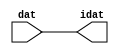

//------> /package/eda/mg/Catapult_10.3d/Mgc_home/pkgs/siflibs/ccs_in_v1.v 
//------------------------------------------------------------------------------
// Catapult Synthesis - Sample I/O Port Library
//
// Copyright (c) 2003-2017 Mentor Graphics Corp.
//       All Rights Reserved
//
// This document may be used and distributed without restriction provided that
// this copyright statement is not removed from the file and that any derivative
// work contains this copyright notice.
//
// The design information contained in this file is intended to be an example
// of the functionality which the end user may study in preparation for creating
// their own custom interfaces. This design does not necessarily present a 
// complete implementation of the named protocol or standard.
//
//------------------------------------------------------------------------------


module ccs_in_v1 (idat, dat);

  parameter integer rscid = 1;
  parameter integer width = 8;

  output [width-1:0] idat;
  input  [width-1:0] dat;

  wire   [width-1:0] idat;

  assign idat = dat;

endmodule


//------> /package/eda/mg/Catapult_10.3d/Mgc_home/pkgs/siflibs/ccs_out_v1.v 
//------------------------------------------------------------------------------
// Catapult Synthesis - Sample I/O Port Library
//
// Copyright (c) 2003-2015 Mentor Graphics Corp.
//       All Rights Reserved
//
// This document may be used and distributed without restriction provided that
// this copyright statement is not removed from the file and that any derivative
// work contains this copyright notice.
//
// The design information contained in this file is intended to be an example
// of the functionality which the end user may study in preparation for creating
// their own custom interfaces. This design does not necessarily present a 
// complete implementation of the named protocol or standard.
//
//------------------------------------------------------------------------------

module ccs_out_v1 (dat, idat);

  parameter integer rscid = 1;
  parameter integer width = 8;

  output   [width-1:0] dat;
  input    [width-1:0] idat;

  wire     [width-1:0] dat;

  assign dat = idat;

endmodule




//------> /package/eda/mg/Catapult_10.3d/Mgc_home/pkgs/siflibs/mgc_io_sync_v2.v 
//------------------------------------------------------------------------------
// Catapult Synthesis - Sample I/O Port Library
//
// Copyright (c) 2003-2017 Mentor Graphics Corp.
//       All Rights Reserved
//
// This document may be used and distributed without restriction provided that
// this copyright statement is not removed from the file and that any derivative
// work contains this copyright notice.
//
// The design information contained in this file is intended to be an example
// of the functionality which the end user may study in preparation for creating
// their own custom interfaces. This design does not necessarily present a 
// complete implementation of the named protocol or standard.
//
//------------------------------------------------------------------------------


module mgc_io_sync_v2 (ld, lz);
    parameter valid = 0;

    input  ld;
    output lz;

    wire   lz;

    assign lz = ld;

endmodule


//------> ./rtl.v 
// ----------------------------------------------------------------------
//  HLS HDL:        Verilog Netlister
//  HLS Version:    10.3d/815731 Production Release
//  HLS Date:       Wed Apr 24 14:54:19 PDT 2019
// 
//  Generated by:   695r48@cparch23.ecn.purdue.edu
//  Generated date: Tue Nov  9 14:58:04 2021
// ----------------------------------------------------------------------

// 
// ------------------------------------------------------------------
//  Design Unit:    fir_Altera_DIST_DIST_1R1W_RBW_rport_1_16_5_32_32_16_gen
// ------------------------------------------------------------------


module fir_Altera_DIST_DIST_1R1W_RBW_rport_1_16_5_32_32_16_gen (
  q, radr, radr_d, q_d, rport_r_ram_ir_internal_RMASK_B_d
);
  input [15:0] q;
  output [4:0] radr;
  input [4:0] radr_d;
  output [15:0] q_d;
  input rport_r_ram_ir_internal_RMASK_B_d;



  // Interconnect Declarations for Component Instantiations 
  assign q_d = q;
  assign radr = (radr_d);
endmodule

// ------------------------------------------------------------------
//  Design Unit:    fir_core_core_fsm
//  FSM Module
// ------------------------------------------------------------------


module fir_core_core_fsm (
  clk, rst, fsm_output, MAC_C_3_tr0
);
  input clk;
  input rst;
  output [9:0] fsm_output;
  reg [9:0] fsm_output;
  input MAC_C_3_tr0;


  // FSM State Type Declaration for fir_core_core_fsm_1
  parameter
    main_C_0 = 4'd0,
    MAC_C_0 = 4'd1,
    MAC_C_1 = 4'd2,
    MAC_C_2 = 4'd3,
    MAC_C_3 = 4'd4,
    MAC_C_4 = 4'd5,
    MAC_C_5 = 4'd6,
    MAC_C_6 = 4'd7,
    MAC_C_7 = 4'd8,
    main_C_1 = 4'd9;

  reg [3:0] state_var;
  reg [3:0] state_var_NS;


  // Interconnect Declarations for Component Instantiations 
  always @(*)
  begin : fir_core_core_fsm_1
    case (state_var)
      MAC_C_0 : begin
        fsm_output = 10'b0000000010;
        state_var_NS = MAC_C_1;
      end
      MAC_C_1 : begin
        fsm_output = 10'b0000000100;
        state_var_NS = MAC_C_2;
      end
      MAC_C_2 : begin
        fsm_output = 10'b0000001000;
        state_var_NS = MAC_C_3;
      end
      MAC_C_3 : begin
        fsm_output = 10'b0000010000;
        if ( MAC_C_3_tr0 ) begin
          state_var_NS = main_C_1;
        end
        else begin
          state_var_NS = MAC_C_4;
        end
      end
      MAC_C_4 : begin
        fsm_output = 10'b0000100000;
        state_var_NS = MAC_C_5;
      end
      MAC_C_5 : begin
        fsm_output = 10'b0001000000;
        state_var_NS = MAC_C_6;
      end
      MAC_C_6 : begin
        fsm_output = 10'b0010000000;
        state_var_NS = MAC_C_7;
      end
      MAC_C_7 : begin
        fsm_output = 10'b0100000000;
        state_var_NS = MAC_C_0;
      end
      main_C_1 : begin
        fsm_output = 10'b1000000000;
        state_var_NS = main_C_0;
      end
      // main_C_0
      default : begin
        fsm_output = 10'b0000000001;
        state_var_NS = MAC_C_0;
      end
    endcase
  end

  always @(posedge clk) begin
    if ( rst ) begin
      state_var <= main_C_0;
    end
    else begin
      state_var <= state_var_NS;
    end
  end

endmodule

// ------------------------------------------------------------------
//  Design Unit:    fir_core
// ------------------------------------------------------------------


module fir_core (
  clk, rst, coeffs_rsc_triosy_lz, in1_rsc_dat, in1_rsc_triosy_lz, out1_rsc_dat, out1_rsc_triosy_lz,
      coeffs_rsci_radr_d, coeffs_rsci_q_d, coeffs_rsci_rport_r_ram_ir_internal_RMASK_B_d
);
  input clk;
  input rst;
  output coeffs_rsc_triosy_lz;
  input [15:0] in1_rsc_dat;
  output in1_rsc_triosy_lz;
  output [15:0] out1_rsc_dat;
  output out1_rsc_triosy_lz;
  output [4:0] coeffs_rsci_radr_d;
  input [15:0] coeffs_rsci_q_d;
  output coeffs_rsci_rport_r_ram_ir_internal_RMASK_B_d;


  // Interconnect Declarations
  wire [15:0] in1_rsci_idat;
  reg [15:0] out1_rsci_idat;
  wire [9:0] fsm_output;
  wire [4:0] MAC_slc_MAC_2_MAC_acc_tmp;
  wire [5:0] nl_MAC_slc_MAC_2_MAC_acc_tmp;
  wire or_dcpl_7;
  wire or_dcpl_12;
  wire or_tmp_79;
  wire or_tmp_146;
  reg [4:0] MAC_slc_MAC_2_MAC_acc_psp_sva;
  reg reg_out1_rsc_triosy_obj_ld_cse;
  wire reg_out1_out1_and_cse;
  reg [3:0] MAC_i_4_1_sva;
  reg [3:0] MAC_slc_MAC_4_MAC_acc_psp_sva;
  wire [29:0] z_out;
  wire signed [31:0] nl_z_out;
  reg [15:0] regs_15_sva;
  reg [15:0] regs_16_sva;
  reg [15:0] regs_14_sva;
  reg [15:0] regs_17_sva;
  reg [15:0] regs_13_sva;
  reg [15:0] regs_18_sva;
  reg [15:0] regs_12_sva;
  reg [15:0] regs_19_sva;
  reg [15:0] regs_11_sva;
  reg [15:0] regs_20_sva;
  reg [15:0] regs_10_sva;
  reg [15:0] regs_21_sva;
  reg [15:0] regs_9_sva;
  reg [15:0] regs_22_sva;
  reg [15:0] regs_8_sva;
  reg [15:0] regs_23_sva;
  reg [15:0] regs_7_sva;
  reg [15:0] regs_24_sva;
  reg [15:0] regs_6_sva;
  reg [15:0] regs_25_sva;
  reg [15:0] regs_5_sva;
  reg [15:0] regs_26_sva;
  reg [15:0] regs_4_sva;
  reg [15:0] regs_27_sva;
  reg [15:0] regs_3_sva;
  reg [15:0] regs_28_sva;
  reg [15:0] regs_2_sva;
  reg [15:0] regs_29_sva;
  reg [15:0] regs_1_sva;
  reg [15:0] regs_30_sva;
  reg [15:0] regs_0_sva;
  reg [29:0] acc_32_3_1_sva;
  reg [15:0] regs_30_sva_1;
  reg [15:0] regs_29_sva_1;
  reg [15:0] regs_28_sva_1;
  reg [15:0] regs_27_sva_1;
  reg [15:0] regs_26_sva_1;
  reg [15:0] regs_25_sva_1;
  reg [15:0] regs_24_sva_1;
  reg [15:0] regs_23_sva_1;
  reg [15:0] regs_22_sva_1;
  reg [15:0] regs_21_sva_1;
  reg [15:0] regs_20_sva_1;
  reg [15:0] regs_19_sva_1;
  reg [15:0] regs_18_sva_1;
  reg [15:0] regs_17_sva_1;
  reg [15:0] regs_16_sva_1;
  reg [15:0] regs_15_sva_1;
  reg [15:0] regs_14_sva_1;
  reg [15:0] regs_13_sva_1;
  reg [15:0] regs_12_sva_1;
  reg [15:0] regs_11_sva_1;
  reg [15:0] regs_10_sva_1;
  reg [15:0] regs_9_sva_1;
  reg [15:0] regs_8_sva_1;
  reg [15:0] regs_7_sva_1;
  reg [15:0] regs_6_sva_1;
  reg [15:0] regs_5_sva_1;
  reg [15:0] regs_4_sva_1;
  reg [15:0] regs_3_sva_1;
  reg [15:0] regs_2_sva_1;
  reg [15:0] regs_1_sva_1;
  reg [15:0] regs_0_sva_1;
  reg [15:0] MAC_1_MAC_mux_itm;
  reg [29:0] MAC_1_mul_itm;
  reg [15:0] MAC_2_MAC_mux_itm;
  reg [29:0] MAC_2_mul_itm;
  reg [15:0] MAC_5_MAC_mux_itm;
  reg [15:0] MAC_6_MAC_mux_itm;
  reg [15:0] MAC_3_MAC_mux_itm;
  reg [15:0] MAC_4_MAC_mux_itm;
  reg [29:0] MAC_acc_4_itm;
  reg [3:0] MAC_slc_MAC_6_MAC_acc_itm;
  wire [4:0] nl_MAC_slc_MAC_6_MAC_acc_itm;
  wire [29:0] acc_32_3_3_sva_1;
  wire [30:0] nl_acc_32_3_3_sva_1;
  wire [3:0] MAC_slc_MAC_4_MAC_acc_psp_sva_1;
  wire [4:0] nl_MAC_slc_MAC_4_MAC_acc_psp_sva_1;
  wire [29:0] MAC_acc_mx0w0;
  wire [30:0] nl_MAC_acc_mx0w0;
  wire or_162_tmp;
  wire or_159_tmp;
  wire MAC_nor_2_cse;
  wire MAC_nor_cse;
  wire MAC_nor_1_cse;
  wire MAC_nor_6_cse;
  wire MAC_nor_7_cse;
  wire MAC_nor_8_cse;
  wire or_tmp;
  wire coeffs_or_1_tmp;

  wire[29:0] acc_mux_nl;
  wire[29:0] MAC_6_acc_1_nl;
  wire[30:0] nl_MAC_6_acc_1_nl;
  wire[29:0] MAC_acc_5_nl;
  wire[30:0] nl_MAC_acc_5_nl;
  wire[0:0] acc_not_nl;
  wire[0:0] MAC_and_15_nl;
  wire[0:0] MAC_and_16_nl;
  wire[0:0] MAC_and_17_nl;
  wire[0:0] MAC_and_18_nl;
  wire[0:0] MAC_and_19_nl;
  wire[0:0] MAC_and_10_nl;
  wire[0:0] MAC_and_11_nl;
  wire[0:0] MAC_and_12_nl;
  wire[0:0] MAC_and_13_nl;
  wire[0:0] MAC_and_14_nl;
  wire[0:0] MAC_and_5_nl;
  wire[0:0] MAC_and_6_nl;
  wire[0:0] MAC_and_7_nl;
  wire[0:0] MAC_and_8_nl;
  wire[0:0] MAC_and_9_nl;
  wire[0:0] MAC_and_nl;
  wire[0:0] MAC_and_1_nl;
  wire[0:0] MAC_and_2_nl;
  wire[0:0] MAC_and_3_nl;
  wire[0:0] MAC_and_4_nl;
  wire[29:0] mul_1_nl;
  wire signed [31:0] nl_mul_1_nl;
  wire[15:0] MAC_mux_10_nl;
  wire[3:0] mux1h_nl;
  wire[0:0] nor_nl;
  wire[0:0] coeffs_coeffs_or_nl;
  wire[15:0] MAC_mux1h_27_nl;

  // Interconnect Declarations for Component Instantiations 
  wire [0:0] nl_fir_core_core_fsm_inst_MAC_C_3_tr0;
  assign nl_fir_core_core_fsm_inst_MAC_C_3_tr0 = MAC_slc_MAC_2_MAC_acc_psp_sva[4];
  ccs_in_v1 #(.rscid(32'sd2),
  .width(32'sd16)) in1_rsci (
      .dat(in1_rsc_dat),
      .idat(in1_rsci_idat)
    );
  ccs_out_v1 #(.rscid(32'sd3),
  .width(32'sd16)) out1_rsci (
      .idat(out1_rsci_idat),
      .dat(out1_rsc_dat)
    );
  mgc_io_sync_v2 #(.valid(32'sd0)) coeffs_rsc_triosy_obj (
      .ld(reg_out1_rsc_triosy_obj_ld_cse),
      .lz(coeffs_rsc_triosy_lz)
    );
  mgc_io_sync_v2 #(.valid(32'sd0)) in1_rsc_triosy_obj (
      .ld(reg_out1_rsc_triosy_obj_ld_cse),
      .lz(in1_rsc_triosy_lz)
    );
  mgc_io_sync_v2 #(.valid(32'sd0)) out1_rsc_triosy_obj (
      .ld(reg_out1_rsc_triosy_obj_ld_cse),
      .lz(out1_rsc_triosy_lz)
    );
  fir_core_core_fsm fir_core_core_fsm_inst (
      .clk(clk),
      .rst(rst),
      .fsm_output(fsm_output),
      .MAC_C_3_tr0(nl_fir_core_core_fsm_inst_MAC_C_3_tr0[0:0])
    );
  assign reg_out1_out1_and_cse = (fsm_output[4]) & (MAC_slc_MAC_2_MAC_acc_psp_sva[4]);
  assign or_159_tmp = or_dcpl_7 | (fsm_output[3]) | (fsm_output[6]) | (fsm_output[4]);
  assign MAC_nor_cse = ~((MAC_slc_MAC_4_MAC_acc_psp_sva_1[3]) | (MAC_slc_MAC_4_MAC_acc_psp_sva_1[2])
      | (MAC_slc_MAC_4_MAC_acc_psp_sva_1[0]));
  assign MAC_nor_1_cse = ~((MAC_slc_MAC_4_MAC_acc_psp_sva_1[3]) | (MAC_slc_MAC_4_MAC_acc_psp_sva_1[1]));
  assign MAC_nor_2_cse = ~((MAC_slc_MAC_4_MAC_acc_psp_sva_1[2:0]!=3'b000));
  assign or_162_tmp = or_dcpl_12 | (fsm_output[4]);
  assign MAC_nor_6_cse = ~((MAC_slc_MAC_2_MAC_acc_tmp[3:1]!=3'b000));
  assign MAC_nor_7_cse = ~((MAC_slc_MAC_2_MAC_acc_tmp[3]) | (MAC_slc_MAC_2_MAC_acc_tmp[1])
      | (MAC_slc_MAC_2_MAC_acc_tmp[0]));
  assign MAC_nor_8_cse = ~((MAC_slc_MAC_2_MAC_acc_tmp[2]) | (MAC_slc_MAC_2_MAC_acc_tmp[0]));
  assign nl_acc_32_3_3_sva_1 = MAC_acc_mx0w0 + acc_32_3_1_sva;
  assign acc_32_3_3_sva_1 = nl_acc_32_3_3_sva_1[29:0];
  assign nl_MAC_slc_MAC_2_MAC_acc_tmp = conv_u2s_4_5(MAC_i_4_1_sva) + 5'b00001;
  assign MAC_slc_MAC_2_MAC_acc_tmp = nl_MAC_slc_MAC_2_MAC_acc_tmp[4:0];
  assign nl_MAC_slc_MAC_4_MAC_acc_psp_sva_1 = (MAC_slc_MAC_2_MAC_acc_tmp[3:0]) +
      4'b0001;
  assign MAC_slc_MAC_4_MAC_acc_psp_sva_1 = nl_MAC_slc_MAC_4_MAC_acc_psp_sva_1[3:0];
  assign nl_MAC_acc_mx0w0 = MAC_1_mul_itm + MAC_2_mul_itm;
  assign MAC_acc_mx0w0 = nl_MAC_acc_mx0w0[29:0];
  assign or_dcpl_7 = (fsm_output[5]) | (fsm_output[2]);
  assign or_dcpl_12 = (fsm_output[3:2]!=2'b00);
  assign or_tmp_79 = ~((fsm_output[9]) | (fsm_output[0]));
  assign or_tmp_146 = or_dcpl_7 | (fsm_output[4:3]!=2'b00);
  assign nor_nl = ~(coeffs_or_1_tmp | or_tmp);
  assign mux1h_nl = MUX1HOT_v_4_3_2(MAC_i_4_1_sva, MAC_slc_MAC_4_MAC_acc_psp_sva,
      (MAC_slc_MAC_2_MAC_acc_psp_sva[3:0]), {(nor_nl) , coeffs_or_1_tmp , or_tmp});
  assign coeffs_coeffs_or_nl = (fsm_output[1]) | (fsm_output[3]) | (fsm_output[5]);
  assign coeffs_rsci_radr_d = {(mux1h_nl) , (coeffs_coeffs_or_nl)};
  assign coeffs_rsci_rport_r_ram_ir_internal_RMASK_B_d = (fsm_output[5]) | (fsm_output[1])
      | (fsm_output[2]) | (fsm_output[3]) | (fsm_output[6]) | ((~ (MAC_slc_MAC_2_MAC_acc_psp_sva[4]))
      & (fsm_output[4]));
  assign or_tmp = (fsm_output[4:3]!=2'b00);
  assign coeffs_or_1_tmp = (fsm_output[6:5]!=2'b00);
  always @(posedge clk) begin
    if ( rst ) begin
      acc_32_3_1_sva <= 30'b000000000000000000000000000000;
    end
    else if ( (fsm_output[0]) | (fsm_output[8]) | (fsm_output[4]) ) begin
      acc_32_3_1_sva <= MUX_v_30_2_2(30'b000000000000000000000000000000, (acc_mux_nl),
          (acc_not_nl));
    end
  end
  always @(posedge clk) begin
    if ( rst ) begin
      out1_rsci_idat <= 16'b0000000000000000;
      regs_0_sva <= 16'b0000000000000000;
      regs_6_sva <= 16'b0000000000000000;
      regs_12_sva <= 16'b0000000000000000;
      regs_18_sva <= 16'b0000000000000000;
      regs_24_sva <= 16'b0000000000000000;
      regs_30_sva <= 16'b0000000000000000;
      regs_5_sva <= 16'b0000000000000000;
      regs_11_sva <= 16'b0000000000000000;
      regs_17_sva <= 16'b0000000000000000;
      regs_23_sva <= 16'b0000000000000000;
      regs_29_sva <= 16'b0000000000000000;
      regs_2_sva <= 16'b0000000000000000;
      regs_8_sva <= 16'b0000000000000000;
      regs_14_sva <= 16'b0000000000000000;
      regs_20_sva <= 16'b0000000000000000;
      regs_26_sva <= 16'b0000000000000000;
      regs_1_sva <= 16'b0000000000000000;
      regs_7_sva <= 16'b0000000000000000;
      regs_13_sva <= 16'b0000000000000000;
      regs_19_sva <= 16'b0000000000000000;
      regs_25_sva <= 16'b0000000000000000;
      regs_4_sva <= 16'b0000000000000000;
      regs_10_sva <= 16'b0000000000000000;
      regs_16_sva <= 16'b0000000000000000;
      regs_22_sva <= 16'b0000000000000000;
      regs_28_sva <= 16'b0000000000000000;
      regs_3_sva <= 16'b0000000000000000;
      regs_9_sva <= 16'b0000000000000000;
      regs_15_sva <= 16'b0000000000000000;
      regs_21_sva <= 16'b0000000000000000;
      regs_27_sva <= 16'b0000000000000000;
    end
    else if ( reg_out1_out1_and_cse ) begin
      out1_rsci_idat <= acc_32_3_3_sva_1[29:14];
      regs_0_sva <= regs_0_sva_1;
      regs_6_sva <= regs_6_sva_1;
      regs_12_sva <= regs_12_sva_1;
      regs_18_sva <= regs_18_sva_1;
      regs_24_sva <= regs_24_sva_1;
      regs_30_sva <= regs_30_sva_1;
      regs_5_sva <= regs_5_sva_1;
      regs_11_sva <= regs_11_sva_1;
      regs_17_sva <= regs_17_sva_1;
      regs_23_sva <= regs_23_sva_1;
      regs_29_sva <= regs_29_sva_1;
      regs_2_sva <= regs_2_sva_1;
      regs_8_sva <= regs_8_sva_1;
      regs_14_sva <= regs_14_sva_1;
      regs_20_sva <= regs_20_sva_1;
      regs_26_sva <= regs_26_sva_1;
      regs_1_sva <= regs_1_sva_1;
      regs_7_sva <= regs_7_sva_1;
      regs_13_sva <= regs_13_sva_1;
      regs_19_sva <= regs_19_sva_1;
      regs_25_sva <= regs_25_sva_1;
      regs_4_sva <= regs_4_sva_1;
      regs_10_sva <= regs_10_sva_1;
      regs_16_sva <= regs_16_sva_1;
      regs_22_sva <= regs_22_sva_1;
      regs_28_sva <= regs_28_sva_1;
      regs_3_sva <= regs_3_sva_1;
      regs_9_sva <= regs_9_sva_1;
      regs_15_sva <= regs_15_sva_1;
      regs_21_sva <= regs_21_sva_1;
      regs_27_sva <= regs_27_sva_1;
    end
  end
  always @(posedge clk) begin
    if ( rst ) begin
      MAC_i_4_1_sva <= 4'b0000;
    end
    else if ( (fsm_output[0]) | (fsm_output[4]) ) begin
      MAC_i_4_1_sva <= MUX_v_4_2_2(4'b0000, MAC_slc_MAC_6_MAC_acc_itm, (fsm_output[4]));
    end
  end
  always @(posedge clk) begin
    if ( rst ) begin
      regs_0_sva_1 <= 16'b0000000000000000;
    end
    else if ( ~ or_tmp_79 ) begin
      regs_0_sva_1 <= in1_rsci_idat;
    end
  end
  always @(posedge clk) begin
    if ( rst ) begin
      reg_out1_rsc_triosy_obj_ld_cse <= 1'b0;
      MAC_2_MAC_mux_itm <= 16'b0000000000000000;
      MAC_1_mul_itm <= 30'b000000000000000000000000000000;
    end
    else begin
      reg_out1_rsc_triosy_obj_ld_cse <= reg_out1_out1_and_cse;
      MAC_2_MAC_mux_itm <= MUX_v_16_16_2x1x2x4x5x7x8x10x11x13x14(regs_0_sva, regs_6_sva,
          regs_12_sva, regs_18_sva, regs_24_sva, regs_30_sva, MAC_i_4_1_sva);
      MAC_1_mul_itm <= MUX_v_30_2_2((mul_1_nl), z_out, fsm_output[7]);
    end
  end
  always @(posedge clk) begin
    if ( rst ) begin
      regs_30_sva_1 <= 16'b0000000000000000;
    end
    else if ( ~ or_tmp_79 ) begin
      regs_30_sva_1 <= regs_29_sva;
    end
  end
  always @(posedge clk) begin
    if ( rst ) begin
      regs_29_sva_1 <= 16'b0000000000000000;
    end
    else if ( ~ or_tmp_79 ) begin
      regs_29_sva_1 <= regs_28_sva;
    end
  end
  always @(posedge clk) begin
    if ( rst ) begin
      regs_28_sva_1 <= 16'b0000000000000000;
    end
    else if ( ~ or_tmp_79 ) begin
      regs_28_sva_1 <= regs_27_sva;
    end
  end
  always @(posedge clk) begin
    if ( rst ) begin
      regs_27_sva_1 <= 16'b0000000000000000;
    end
    else if ( ~ or_tmp_79 ) begin
      regs_27_sva_1 <= regs_26_sva;
    end
  end
  always @(posedge clk) begin
    if ( rst ) begin
      regs_26_sva_1 <= 16'b0000000000000000;
    end
    else if ( ~ or_tmp_79 ) begin
      regs_26_sva_1 <= regs_25_sva;
    end
  end
  always @(posedge clk) begin
    if ( rst ) begin
      regs_25_sva_1 <= 16'b0000000000000000;
    end
    else if ( ~ or_tmp_79 ) begin
      regs_25_sva_1 <= regs_24_sva;
    end
  end
  always @(posedge clk) begin
    if ( rst ) begin
      regs_24_sva_1 <= 16'b0000000000000000;
    end
    else if ( ~ or_tmp_79 ) begin
      regs_24_sva_1 <= regs_23_sva;
    end
  end
  always @(posedge clk) begin
    if ( rst ) begin
      regs_23_sva_1 <= 16'b0000000000000000;
    end
    else if ( ~ or_tmp_79 ) begin
      regs_23_sva_1 <= regs_22_sva;
    end
  end
  always @(posedge clk) begin
    if ( rst ) begin
      regs_22_sva_1 <= 16'b0000000000000000;
    end
    else if ( ~ or_tmp_79 ) begin
      regs_22_sva_1 <= regs_21_sva;
    end
  end
  always @(posedge clk) begin
    if ( rst ) begin
      regs_21_sva_1 <= 16'b0000000000000000;
    end
    else if ( ~ or_tmp_79 ) begin
      regs_21_sva_1 <= regs_20_sva;
    end
  end
  always @(posedge clk) begin
    if ( rst ) begin
      regs_20_sva_1 <= 16'b0000000000000000;
    end
    else if ( ~ or_tmp_79 ) begin
      regs_20_sva_1 <= regs_19_sva;
    end
  end
  always @(posedge clk) begin
    if ( rst ) begin
      regs_19_sva_1 <= 16'b0000000000000000;
    end
    else if ( ~ or_tmp_79 ) begin
      regs_19_sva_1 <= regs_18_sva;
    end
  end
  always @(posedge clk) begin
    if ( rst ) begin
      regs_18_sva_1 <= 16'b0000000000000000;
    end
    else if ( ~ or_tmp_79 ) begin
      regs_18_sva_1 <= regs_17_sva;
    end
  end
  always @(posedge clk) begin
    if ( rst ) begin
      regs_17_sva_1 <= 16'b0000000000000000;
    end
    else if ( ~ or_tmp_79 ) begin
      regs_17_sva_1 <= regs_16_sva;
    end
  end
  always @(posedge clk) begin
    if ( rst ) begin
      regs_16_sva_1 <= 16'b0000000000000000;
    end
    else if ( ~ or_tmp_79 ) begin
      regs_16_sva_1 <= regs_15_sva;
    end
  end
  always @(posedge clk) begin
    if ( rst ) begin
      regs_15_sva_1 <= 16'b0000000000000000;
    end
    else if ( ~ or_tmp_79 ) begin
      regs_15_sva_1 <= regs_14_sva;
    end
  end
  always @(posedge clk) begin
    if ( rst ) begin
      regs_14_sva_1 <= 16'b0000000000000000;
    end
    else if ( ~ or_tmp_79 ) begin
      regs_14_sva_1 <= regs_13_sva;
    end
  end
  always @(posedge clk) begin
    if ( rst ) begin
      regs_13_sva_1 <= 16'b0000000000000000;
    end
    else if ( ~ or_tmp_79 ) begin
      regs_13_sva_1 <= regs_12_sva;
    end
  end
  always @(posedge clk) begin
    if ( rst ) begin
      regs_12_sva_1 <= 16'b0000000000000000;
    end
    else if ( ~ or_tmp_79 ) begin
      regs_12_sva_1 <= regs_11_sva;
    end
  end
  always @(posedge clk) begin
    if ( rst ) begin
      regs_11_sva_1 <= 16'b0000000000000000;
    end
    else if ( ~ or_tmp_79 ) begin
      regs_11_sva_1 <= regs_10_sva;
    end
  end
  always @(posedge clk) begin
    if ( rst ) begin
      regs_10_sva_1 <= 16'b0000000000000000;
    end
    else if ( ~ or_tmp_79 ) begin
      regs_10_sva_1 <= regs_9_sva;
    end
  end
  always @(posedge clk) begin
    if ( rst ) begin
      regs_9_sva_1 <= 16'b0000000000000000;
    end
    else if ( ~ or_tmp_79 ) begin
      regs_9_sva_1 <= regs_8_sva;
    end
  end
  always @(posedge clk) begin
    if ( rst ) begin
      regs_8_sva_1 <= 16'b0000000000000000;
    end
    else if ( ~ or_tmp_79 ) begin
      regs_8_sva_1 <= regs_7_sva;
    end
  end
  always @(posedge clk) begin
    if ( rst ) begin
      regs_7_sva_1 <= 16'b0000000000000000;
    end
    else if ( ~ or_tmp_79 ) begin
      regs_7_sva_1 <= regs_6_sva;
    end
  end
  always @(posedge clk) begin
    if ( rst ) begin
      regs_6_sva_1 <= 16'b0000000000000000;
    end
    else if ( ~ or_tmp_79 ) begin
      regs_6_sva_1 <= regs_5_sva;
    end
  end
  always @(posedge clk) begin
    if ( rst ) begin
      regs_5_sva_1 <= 16'b0000000000000000;
    end
    else if ( ~ or_tmp_79 ) begin
      regs_5_sva_1 <= regs_4_sva;
    end
  end
  always @(posedge clk) begin
    if ( rst ) begin
      regs_4_sva_1 <= 16'b0000000000000000;
    end
    else if ( ~ or_tmp_79 ) begin
      regs_4_sva_1 <= regs_3_sva;
    end
  end
  always @(posedge clk) begin
    if ( rst ) begin
      regs_3_sva_1 <= 16'b0000000000000000;
    end
    else if ( ~ or_tmp_79 ) begin
      regs_3_sva_1 <= regs_2_sva;
    end
  end
  always @(posedge clk) begin
    if ( rst ) begin
      regs_2_sva_1 <= 16'b0000000000000000;
    end
    else if ( ~ or_tmp_79 ) begin
      regs_2_sva_1 <= regs_1_sva;
    end
  end
  always @(posedge clk) begin
    if ( rst ) begin
      regs_1_sva_1 <= 16'b0000000000000000;
    end
    else if ( ~ or_tmp_79 ) begin
      regs_1_sva_1 <= regs_0_sva;
    end
  end
  always @(posedge clk) begin
    if ( rst ) begin
      MAC_slc_MAC_2_MAC_acc_psp_sva <= 5'b00000;
    end
    else if ( fsm_output[1] ) begin
      MAC_slc_MAC_2_MAC_acc_psp_sva <= MAC_slc_MAC_2_MAC_acc_tmp;
    end
  end
  always @(posedge clk) begin
    if ( rst ) begin
      MAC_1_MAC_mux_itm <= 16'b0000000000000000;
    end
    else if ( fsm_output[1] ) begin
      MAC_1_MAC_mux_itm <= MUX_v_16_16_2x1x2x4x5x7x8x10x11x13x14(regs_0_sva_1, regs_5_sva,
          regs_11_sva, regs_17_sva, regs_23_sva, regs_29_sva, MAC_i_4_1_sva);
    end
  end
  always @(posedge clk) begin
    if ( rst ) begin
      MAC_5_MAC_mux_itm <= 16'b0000000000000000;
    end
    else if ( ~ or_159_tmp ) begin
      MAC_5_MAC_mux_itm <= MUX1HOT_v_16_5_2(regs_3_sva, regs_9_sva, regs_15_sva,
          regs_21_sva, regs_27_sva, {(MAC_and_15_nl) , (MAC_and_16_nl) , (MAC_and_17_nl)
          , (MAC_and_18_nl) , (MAC_and_19_nl)});
    end
  end
  always @(posedge clk) begin
    if ( rst ) begin
      MAC_6_MAC_mux_itm <= 16'b0000000000000000;
    end
    else if ( ~ or_tmp_146 ) begin
      MAC_6_MAC_mux_itm <= MUX1HOT_v_16_5_2(regs_4_sva, regs_10_sva, regs_16_sva,
          regs_22_sva, regs_28_sva, {(MAC_and_10_nl) , (MAC_and_11_nl) , (MAC_and_12_nl)
          , (MAC_and_13_nl) , (MAC_and_14_nl)});
    end
  end
  always @(posedge clk) begin
    if ( rst ) begin
      MAC_slc_MAC_4_MAC_acc_psp_sva <= 4'b0000;
    end
    else if ( ~ or_tmp_146 ) begin
      MAC_slc_MAC_4_MAC_acc_psp_sva <= MAC_slc_MAC_4_MAC_acc_psp_sva_1;
    end
  end
  always @(posedge clk) begin
    if ( rst ) begin
      MAC_3_MAC_mux_itm <= 16'b0000000000000000;
    end
    else if ( ~ or_162_tmp ) begin
      MAC_3_MAC_mux_itm <= MUX1HOT_v_16_5_2(regs_1_sva, regs_7_sva, regs_13_sva,
          regs_19_sva, regs_25_sva, {(MAC_and_5_nl) , (MAC_and_6_nl) , (MAC_and_7_nl)
          , (MAC_and_8_nl) , (MAC_and_9_nl)});
    end
  end
  always @(posedge clk) begin
    if ( rst ) begin
      MAC_slc_MAC_6_MAC_acc_itm <= 4'b0000;
    end
    else if ( ~ or_dcpl_12 ) begin
      MAC_slc_MAC_6_MAC_acc_itm <= nl_MAC_slc_MAC_6_MAC_acc_itm[3:0];
    end
  end
  always @(posedge clk) begin
    if ( rst ) begin
      MAC_4_MAC_mux_itm <= 16'b0000000000000000;
    end
    else if ( ~ or_dcpl_12 ) begin
      MAC_4_MAC_mux_itm <= MUX1HOT_v_16_5_2(regs_2_sva, regs_8_sva, regs_14_sva,
          regs_20_sva, regs_26_sva, {(MAC_and_nl) , (MAC_and_1_nl) , (MAC_and_2_nl)
          , (MAC_and_3_nl) , (MAC_and_4_nl)});
    end
  end
  always @(posedge clk) begin
    if ( rst ) begin
      MAC_2_mul_itm <= 30'b000000000000000000000000000000;
    end
    else if ( (fsm_output[2]) | (fsm_output[6]) | (fsm_output[4]) ) begin
      MAC_2_mul_itm <= z_out;
    end
  end
  always @(posedge clk) begin
    if ( rst ) begin
      MAC_acc_4_itm <= 30'b000000000000000000000000000000;
    end
    else if ( fsm_output[6] ) begin
      MAC_acc_4_itm <= MAC_acc_mx0w0;
    end
  end
  assign nl_MAC_acc_5_nl = MAC_acc_mx0w0 + acc_32_3_1_sva;
  assign MAC_acc_5_nl = nl_MAC_acc_5_nl[29:0];
  assign nl_MAC_6_acc_1_nl = (MAC_acc_5_nl) + MAC_acc_4_itm;
  assign MAC_6_acc_1_nl = nl_MAC_6_acc_1_nl[29:0];
  assign acc_mux_nl = MUX_v_30_2_2(acc_32_3_3_sva_1, (MAC_6_acc_1_nl), fsm_output[8]);
  assign acc_not_nl = ~ (fsm_output[0]);
  assign MAC_mux_10_nl = MUX_v_16_2_2(MAC_1_MAC_mux_itm, MAC_3_MAC_mux_itm, fsm_output[5]);
  assign nl_mul_1_nl = $signed((MAC_mux_10_nl)) * $signed((coeffs_rsci_q_d));
  assign mul_1_nl = nl_mul_1_nl[29:0];
  assign MAC_and_15_nl = (MAC_slc_MAC_4_MAC_acc_psp_sva_1[1]) & MAC_nor_cse & (~
      or_159_tmp);
  assign MAC_and_16_nl = (MAC_slc_MAC_4_MAC_acc_psp_sva_1[2]) & (MAC_slc_MAC_4_MAC_acc_psp_sva_1[0])
      & MAC_nor_1_cse & (~ or_159_tmp);
  assign MAC_and_17_nl = (MAC_slc_MAC_4_MAC_acc_psp_sva_1[3]) & MAC_nor_2_cse & (~
      or_159_tmp);
  assign MAC_and_18_nl = (MAC_slc_MAC_4_MAC_acc_psp_sva_1==4'b1011) & (~ or_159_tmp);
  assign MAC_and_19_nl = (MAC_slc_MAC_4_MAC_acc_psp_sva_1==4'b1110) & (~ or_159_tmp);
  assign MAC_and_10_nl = (MAC_slc_MAC_4_MAC_acc_psp_sva_1[1]) & MAC_nor_cse & (~
      or_tmp_146);
  assign MAC_and_11_nl = (MAC_slc_MAC_4_MAC_acc_psp_sva_1[2]) & (MAC_slc_MAC_4_MAC_acc_psp_sva_1[0])
      & MAC_nor_1_cse & (~ or_tmp_146);
  assign MAC_and_12_nl = (MAC_slc_MAC_4_MAC_acc_psp_sva_1[3]) & MAC_nor_2_cse & (~
      or_tmp_146);
  assign MAC_and_13_nl = (MAC_slc_MAC_4_MAC_acc_psp_sva_1==4'b1011) & (~ or_tmp_146);
  assign MAC_and_14_nl = (MAC_slc_MAC_4_MAC_acc_psp_sva_1==4'b1110) & (~ or_tmp_146);
  assign MAC_and_5_nl = (MAC_slc_MAC_2_MAC_acc_tmp[0]) & MAC_nor_6_cse & (~ or_162_tmp);
  assign MAC_and_6_nl = (MAC_slc_MAC_2_MAC_acc_tmp[2]) & MAC_nor_7_cse & (~ or_162_tmp);
  assign MAC_and_7_nl = (MAC_slc_MAC_2_MAC_acc_tmp[3:0]==4'b0111) & (~ or_162_tmp);
  assign MAC_and_8_nl = (MAC_slc_MAC_2_MAC_acc_tmp[3]) & (MAC_slc_MAC_2_MAC_acc_tmp[1])
      & MAC_nor_8_cse & (~ or_162_tmp);
  assign MAC_and_9_nl = (MAC_slc_MAC_2_MAC_acc_tmp[3:0]==4'b1101) & (~ or_162_tmp);
  assign nl_MAC_slc_MAC_6_MAC_acc_itm  = MAC_slc_MAC_4_MAC_acc_psp_sva_1 + 4'b0001;
  assign MAC_and_nl = (MAC_slc_MAC_2_MAC_acc_tmp[0]) & MAC_nor_6_cse & (~ or_dcpl_12);
  assign MAC_and_1_nl = (MAC_slc_MAC_2_MAC_acc_tmp[2]) & MAC_nor_7_cse & (~ or_dcpl_12);
  assign MAC_and_2_nl = (MAC_slc_MAC_2_MAC_acc_tmp[3:0]==4'b0111) & (~ or_dcpl_12);
  assign MAC_and_3_nl = (MAC_slc_MAC_2_MAC_acc_tmp[3]) & (MAC_slc_MAC_2_MAC_acc_tmp[1])
      & MAC_nor_8_cse & (~ or_dcpl_12);
  assign MAC_and_4_nl = (MAC_slc_MAC_2_MAC_acc_tmp[3:0]==4'b1101) & (~ or_dcpl_12);
  assign MAC_mux1h_27_nl = MUX1HOT_v_16_4_2(MAC_2_MAC_mux_itm, MAC_4_MAC_mux_itm,
      MAC_6_MAC_mux_itm, MAC_5_MAC_mux_itm, {(fsm_output[2]) , (fsm_output[4]) ,
      (fsm_output[6]) , (fsm_output[7])});
  assign nl_z_out = $signed((MAC_mux1h_27_nl)) * $signed((coeffs_rsci_q_d));
  assign z_out = nl_z_out[29:0];

  function automatic [15:0] MUX1HOT_v_16_4_2;
    input [15:0] input_3;
    input [15:0] input_2;
    input [15:0] input_1;
    input [15:0] input_0;
    input [3:0] sel;
    reg [15:0] result;
  begin
    result = input_0 & {16{sel[0]}};
    result = result | ( input_1 & {16{sel[1]}});
    result = result | ( input_2 & {16{sel[2]}});
    result = result | ( input_3 & {16{sel[3]}});
    MUX1HOT_v_16_4_2 = result;
  end
  endfunction


  function automatic [15:0] MUX1HOT_v_16_5_2;
    input [15:0] input_4;
    input [15:0] input_3;
    input [15:0] input_2;
    input [15:0] input_1;
    input [15:0] input_0;
    input [4:0] sel;
    reg [15:0] result;
  begin
    result = input_0 & {16{sel[0]}};
    result = result | ( input_1 & {16{sel[1]}});
    result = result | ( input_2 & {16{sel[2]}});
    result = result | ( input_3 & {16{sel[3]}});
    result = result | ( input_4 & {16{sel[4]}});
    MUX1HOT_v_16_5_2 = result;
  end
  endfunction


  function automatic [3:0] MUX1HOT_v_4_3_2;
    input [3:0] input_2;
    input [3:0] input_1;
    input [3:0] input_0;
    input [2:0] sel;
    reg [3:0] result;
  begin
    result = input_0 & {4{sel[0]}};
    result = result | ( input_1 & {4{sel[1]}});
    result = result | ( input_2 & {4{sel[2]}});
    MUX1HOT_v_4_3_2 = result;
  end
  endfunction


  function automatic [15:0] MUX_v_16_16_2x1x2x4x5x7x8x10x11x13x14;
    input [15:0] input_0;
    input [15:0] input_3;
    input [15:0] input_6;
    input [15:0] input_9;
    input [15:0] input_12;
    input [15:0] input_15;
    input [3:0] sel;
    reg [15:0] result;
  begin
    case (sel)
      4'b0000 : begin
        result = input_0;
      end
      4'b0011 : begin
        result = input_3;
      end
      4'b0110 : begin
        result = input_6;
      end
      4'b1001 : begin
        result = input_9;
      end
      4'b1100 : begin
        result = input_12;
      end
      default : begin
        result = input_15;
      end
    endcase
    MUX_v_16_16_2x1x2x4x5x7x8x10x11x13x14 = result;
  end
  endfunction


  function automatic [15:0] MUX_v_16_2_2;
    input [15:0] input_0;
    input [15:0] input_1;
    input [0:0] sel;
    reg [15:0] result;
  begin
    case (sel)
      1'b0 : begin
        result = input_0;
      end
      default : begin
        result = input_1;
      end
    endcase
    MUX_v_16_2_2 = result;
  end
  endfunction


  function automatic [29:0] MUX_v_30_2_2;
    input [29:0] input_0;
    input [29:0] input_1;
    input [0:0] sel;
    reg [29:0] result;
  begin
    case (sel)
      1'b0 : begin
        result = input_0;
      end
      default : begin
        result = input_1;
      end
    endcase
    MUX_v_30_2_2 = result;
  end
  endfunction


  function automatic [3:0] MUX_v_4_2_2;
    input [3:0] input_0;
    input [3:0] input_1;
    input [0:0] sel;
    reg [3:0] result;
  begin
    case (sel)
      1'b0 : begin
        result = input_0;
      end
      default : begin
        result = input_1;
      end
    endcase
    MUX_v_4_2_2 = result;
  end
  endfunction


  function automatic [4:0] conv_u2s_4_5 ;
    input [3:0]  vector ;
  begin
    conv_u2s_4_5 =  {1'b0, vector};
  end
  endfunction

endmodule

// ------------------------------------------------------------------
//  Design Unit:    fir
// ------------------------------------------------------------------


module fir (
  clk, rst, coeffs_rsc_radr, coeffs_rsc_q, coeffs_rsc_triosy_lz, in1_rsc_dat, in1_rsc_triosy_lz,
      out1_rsc_dat, out1_rsc_triosy_lz
);
  input clk;
  input rst;
  output [4:0] coeffs_rsc_radr;
  input [15:0] coeffs_rsc_q;
  output coeffs_rsc_triosy_lz;
  input [15:0] in1_rsc_dat;
  output in1_rsc_triosy_lz;
  output [15:0] out1_rsc_dat;
  output out1_rsc_triosy_lz;


  // Interconnect Declarations
  wire [4:0] coeffs_rsci_radr_d;
  wire [15:0] coeffs_rsci_q_d;
  wire coeffs_rsci_rport_r_ram_ir_internal_RMASK_B_d;


  // Interconnect Declarations for Component Instantiations 
  fir_Altera_DIST_DIST_1R1W_RBW_rport_1_16_5_32_32_16_gen coeffs_rsci (
      .q(coeffs_rsc_q),
      .radr(coeffs_rsc_radr),
      .radr_d(coeffs_rsci_radr_d),
      .q_d(coeffs_rsci_q_d),
      .rport_r_ram_ir_internal_RMASK_B_d(coeffs_rsci_rport_r_ram_ir_internal_RMASK_B_d)
    );
  fir_core fir_core_inst (
      .clk(clk),
      .rst(rst),
      .coeffs_rsc_triosy_lz(coeffs_rsc_triosy_lz),
      .in1_rsc_dat(in1_rsc_dat),
      .in1_rsc_triosy_lz(in1_rsc_triosy_lz),
      .out1_rsc_dat(out1_rsc_dat),
      .out1_rsc_triosy_lz(out1_rsc_triosy_lz),
      .coeffs_rsci_radr_d(coeffs_rsci_radr_d),
      .coeffs_rsci_q_d(coeffs_rsci_q_d),
      .coeffs_rsci_rport_r_ram_ir_internal_RMASK_B_d(coeffs_rsci_rport_r_ram_ir_internal_RMASK_B_d)
    );
endmodule